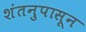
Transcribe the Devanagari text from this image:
शंतनुपासून